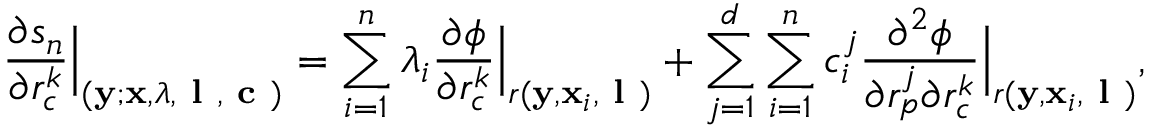
\ensuremath { \frac { \partial s _ { n } } { \partial r _ { c } ^ { k } } } \Bigr | _ { ( \ensuremath { \mathbf { y } } ; \ensuremath { \mathbf { x } } , \boldsymbol { \lambda } , \textbf { l } , \textbf { c } ) } = \sum _ { i = 1 } ^ { n } \lambda _ { i } \ensuremath { \frac { \partial \phi } { \partial r _ { c } ^ { k } } } \Bigr | _ { r ( \ensuremath { \mathbf { y } } , \ensuremath { \mathbf { x } } _ { i } , \textbf { l } ) } + \sum _ { j = 1 } ^ { d } \sum _ { i = 1 } ^ { n } c _ { i } ^ { j } \frac { \partial ^ { 2 } \phi } { \partial r _ { p } ^ { j } \partial r _ { c } ^ { k } } \Bigr | _ { r ( \ensuremath { \mathbf { y } } , \ensuremath { \mathbf { x } } _ { i } , \textbf { l } ) } ,